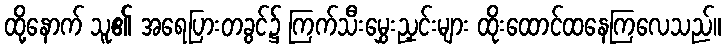
ထို့နောက် သူ၏ အရေပြားတခွင်၌ ကြက်သီးမွှေးညှင်းများ ထိုးထောင်ထနေကြလေသည်။